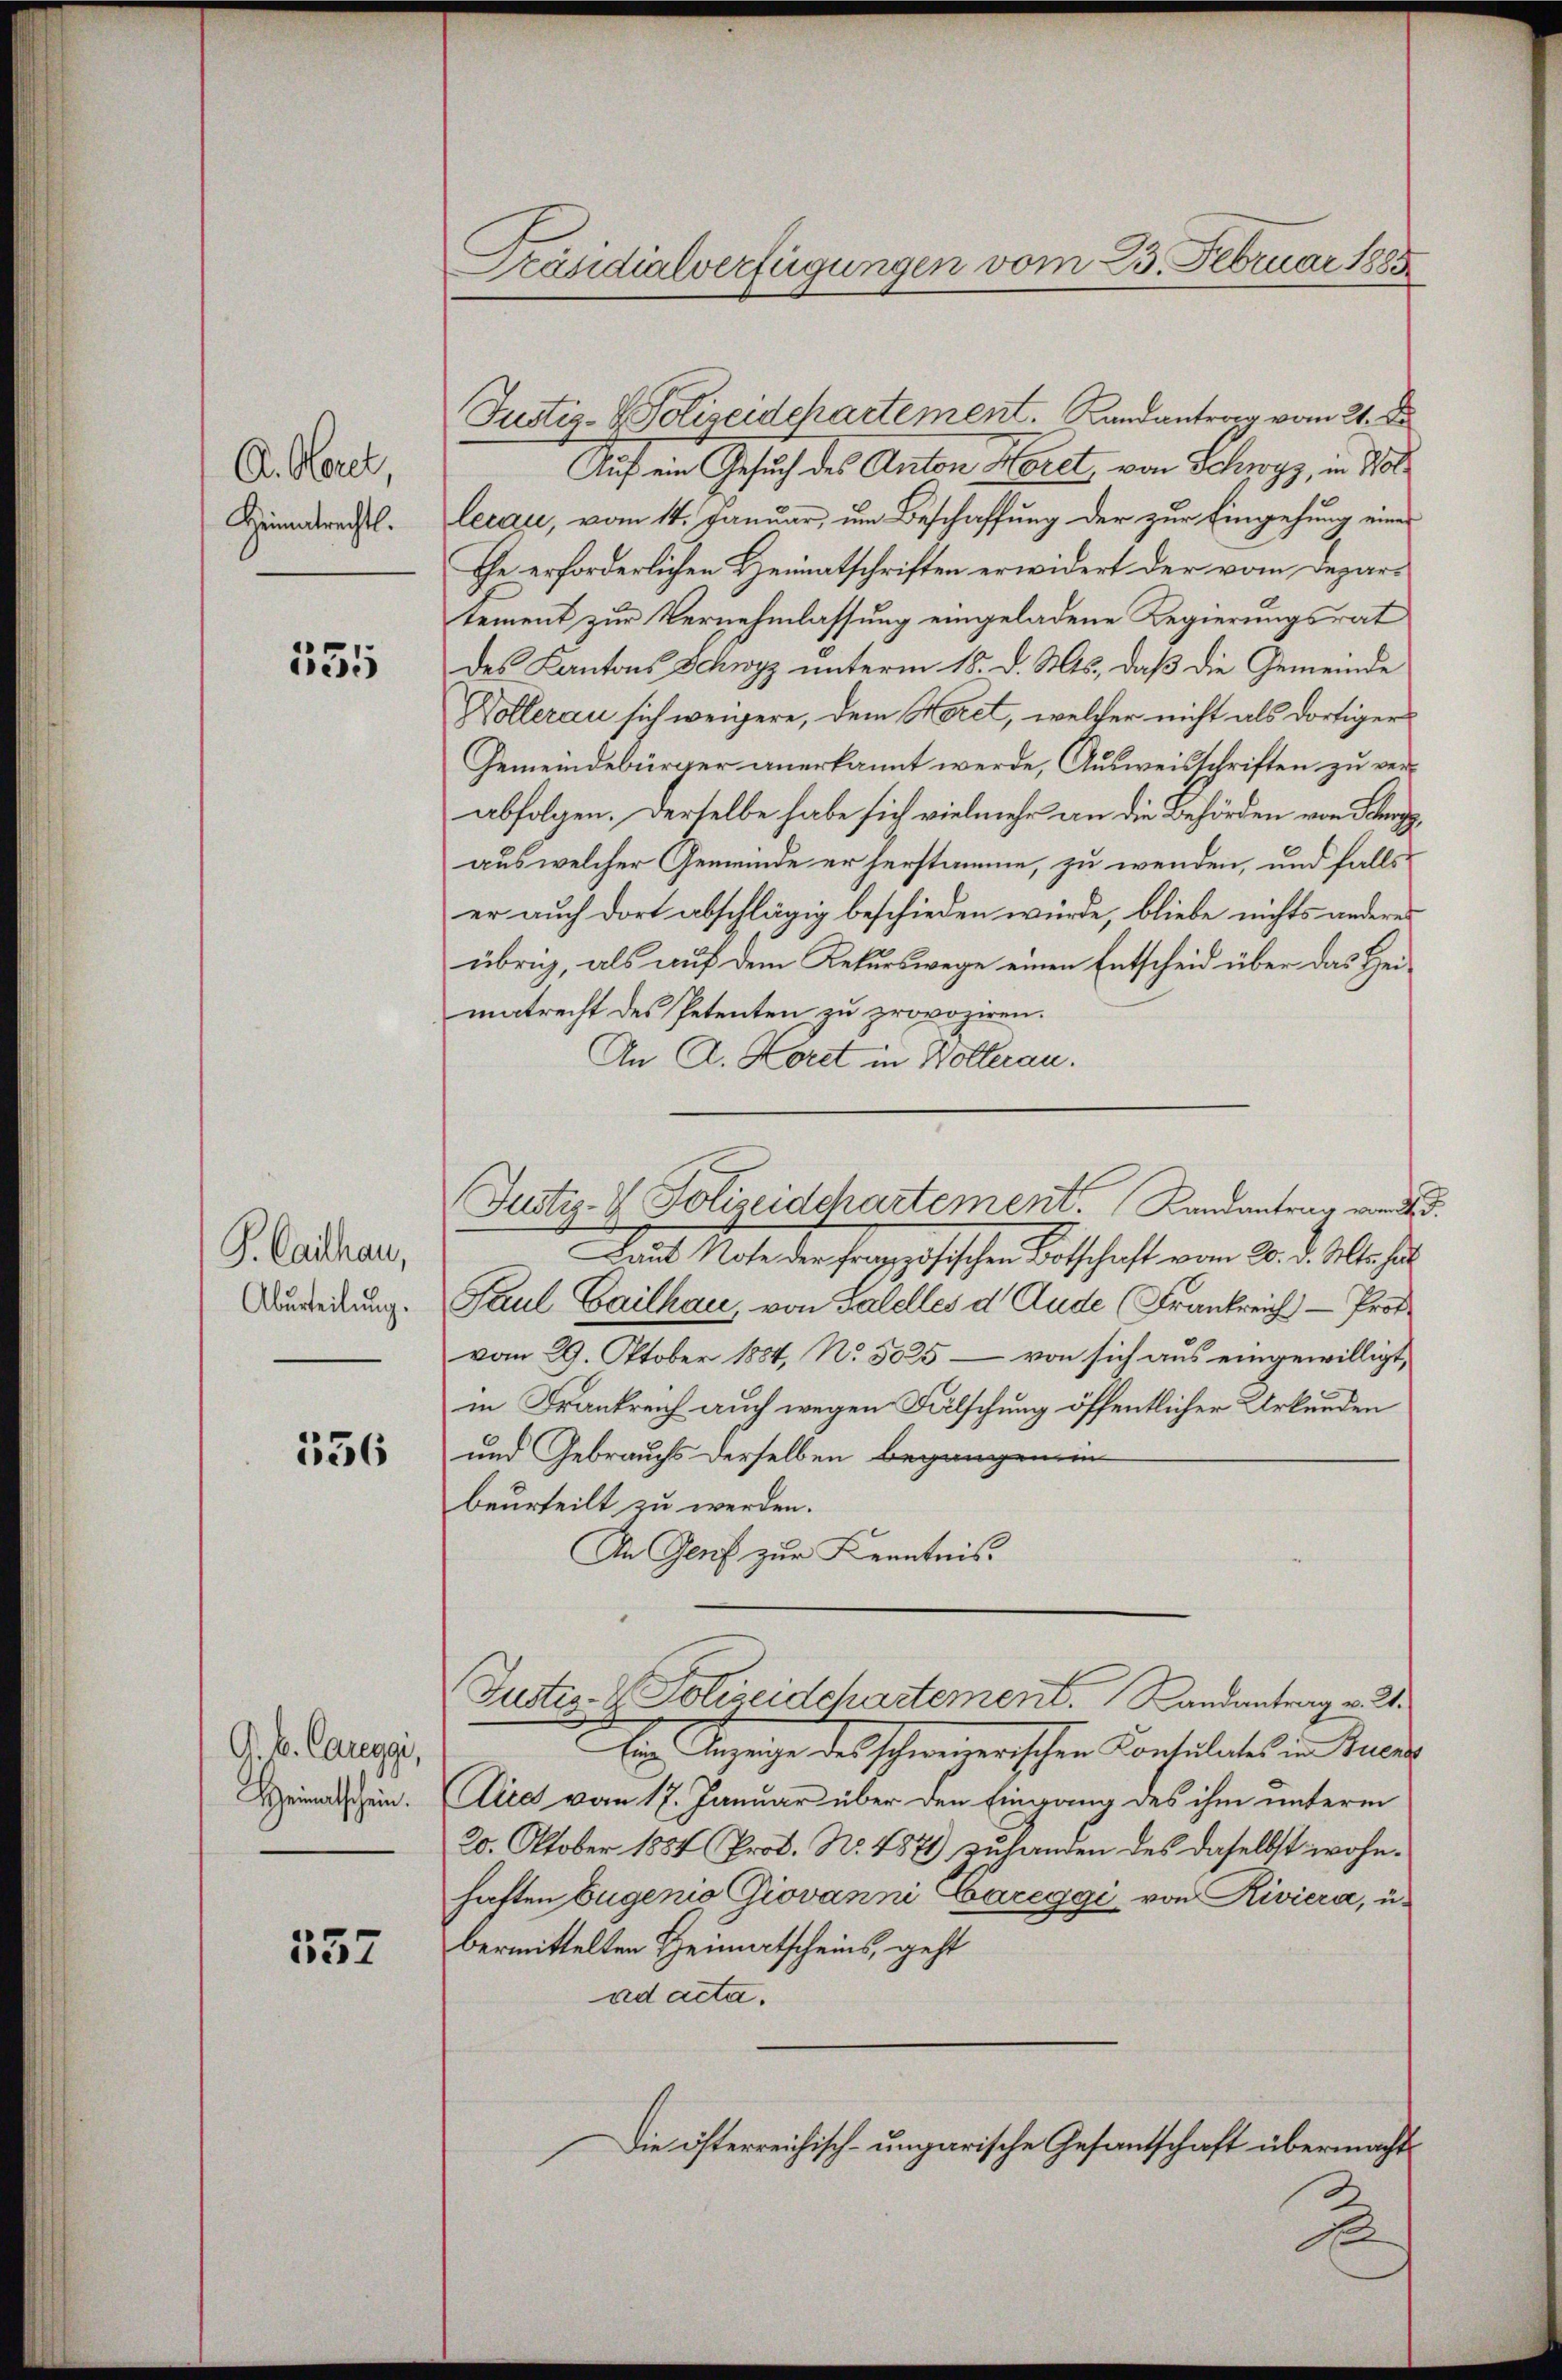
A. Herel
Heimatrechts.

535

G. Cathan,
Aburteilung.

556

G. B. Careggi,
Heimatschein.

357

Präsidialverfügungen vom 23. Februar 1885.

Justiz- & Polizeidchartement. Landantrag vom 21. De
Auf ein Gesuch des Anton Horet, von Schwyz, in 100
lerau, vom 14. Januar, um Beschaffung der zur Eingehung einer
Ehe erforderlichen Heimatschriften erwidert der vom Departement zur Vernehmlassung eingeladene Regierungsrat
des Kantons Schwyz unterm 18. d. Mts., daß die Gemeinde
Dollerau sich weigere, dem Horet, welcher nicht als dortiger
Gemeindebürger anerkannt werde, Ausweisschriften zu verabfolgen. Derselbe habe sich vielmehr an die Behörden von Scha
aus welcher Gemeinde er herstamme, zu wenden, und falls
er auch dort abschlägig beschieden würde, bliebe nichts anderes
übrig, als auf dem Rekurswege einen Entscheid über das Heimatrecht des Petenten zu provoziren.
An A. Koret in Wollerau.
Mais Note der heranzösischen Botschaft vom 20. d. M. er aus
Paul Gailhau, von Galelles d. Ande (Frankreich Prof.
vom 29. Oktober 1884, No. 5025 — von sich aus eingewilligt,
in Frankreich auch wegen Fälschung öffentlicher Urkunden
und Gebrauchs derselben begangen in
beurteilt zu werden.
In Glut zur Kenntnis.
Justiz- & Polizeidchartement. Landantrag v. 2.
Ein Bezeige des schweizerischen Contulates in Lucen
Dice vom 17. Januar über den Eingang des ihm unterm
20. Oktober 1884 Prof. No. 4871) zuhanden des daselbst wohnhaften Eugenio Giovanni Careggi von Riviera, u.
bermittelten Heimatscheins, geht
ad acta.
Die österreichisch-ungarische Gesantschaft übermacht
S

Justiz- & Polizeidchartement. Landantrag vor d. d.